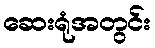
ဆေးရုံအတွင်း